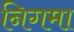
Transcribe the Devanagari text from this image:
निगमा